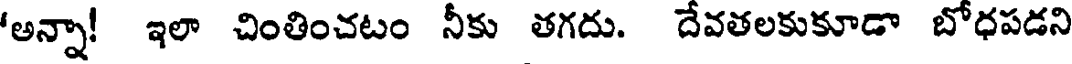
'అన్నా! ఇలా చింతించటం నీకు తగదు. దేవతలకుకూడా బోధపడని